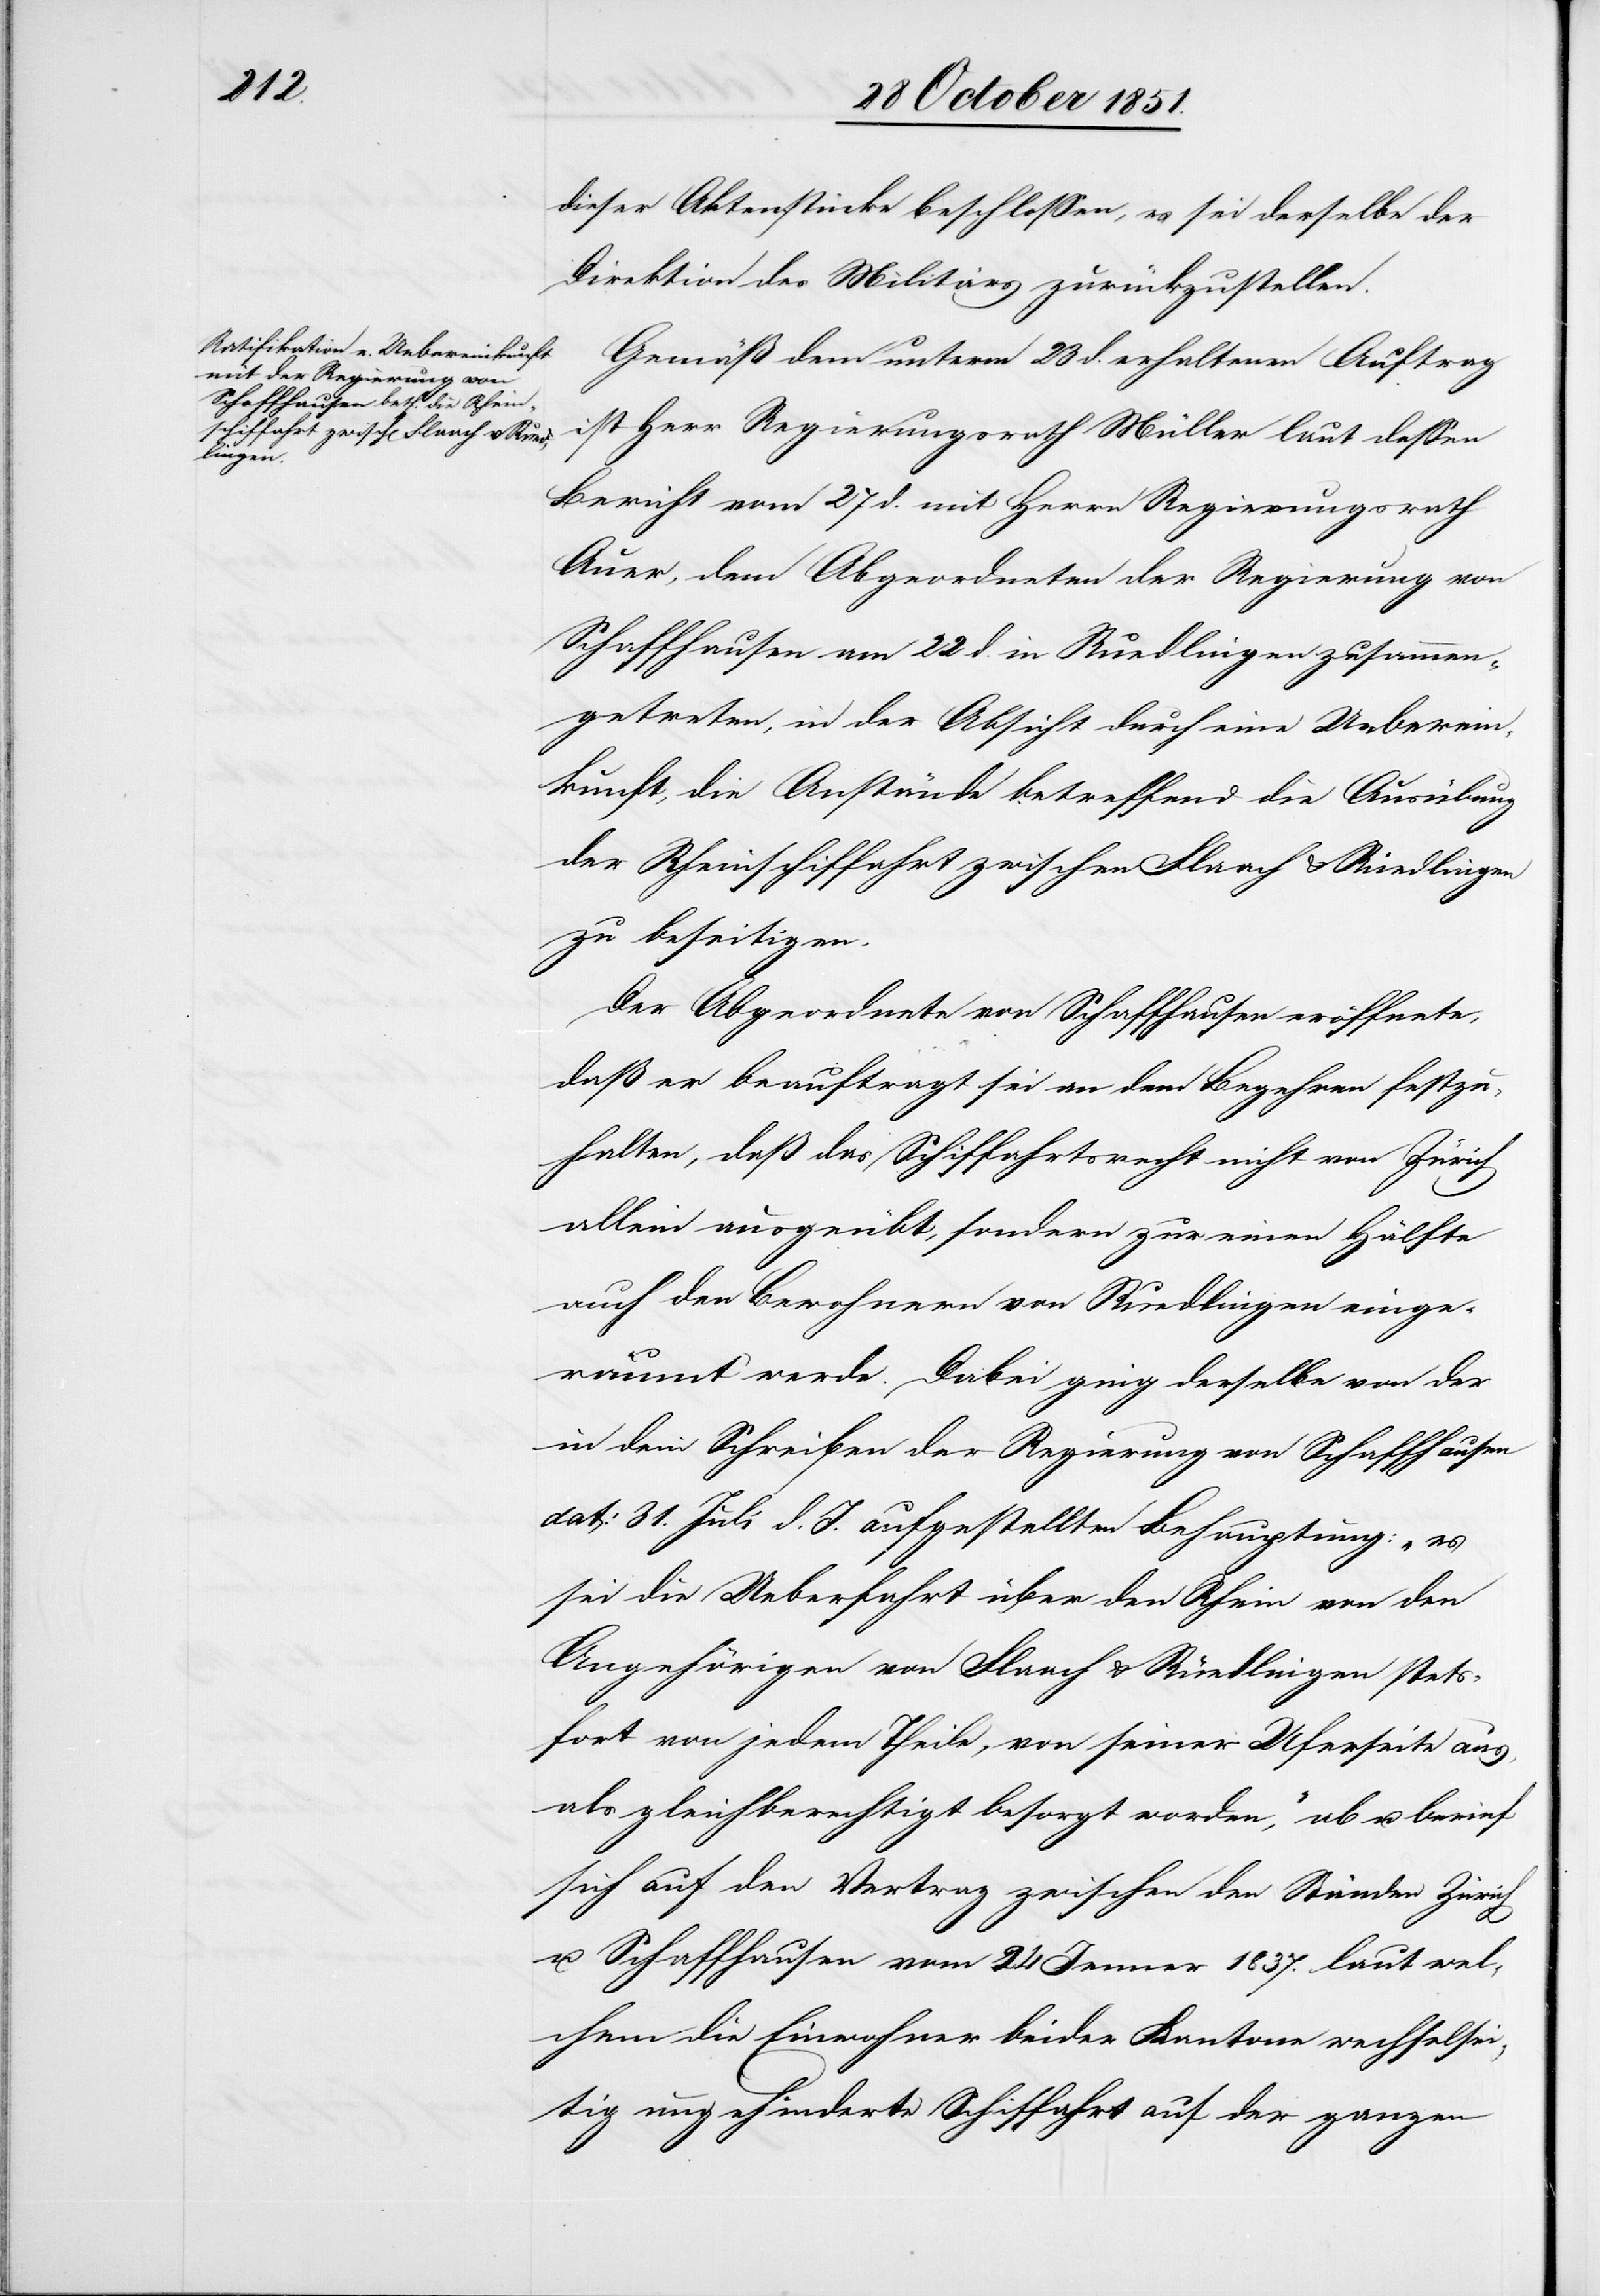
dieser Aktenstücke beschlossen, es sei derselbe der
Direktion des Militärs zurückzustellen.
Gemäß dem unterm 23 d. erhaltenen Auftrag
ist Herr Regierungsrath Müller laut dessen
Bericht vom 27 d. mit Herrn Regierungsrath
Auer, dem Abgeordneten der Regierung von
Schaffhausen am 22 d. in Ruedlingen zusammen¬
getreten, in der Absicht durch eine Ueberein¬
kunft, die Anstände betreffend die Ausübung
der Rheinschiffahrt zwischen Flaach & Ruedlingen
zu beseitigen.
Der Abgeordnete von Schaffhausen eröffnete,
daß er beauftragt sei an dem Begehren festzu¬
halten, daß das Schiffahrtsrecht nicht von Zürich
allein ausgeübt, sondern zur einen Hälfte
auch den Bewohnern von Ruedlingen einge¬
räumt werde. Dabei ging derselbe von der
in dem Schreiben der Regierung von Schaffhausen
dat: 31. Juli d. J. aufgestellten Behauptung: „es
sei die Ueberfahrt über den Rhein von den
Angehörigen von Flaach & Ruedlingen stets¬
fort von jedem Theile, von seiner Uferseite aus,
als gleichberechtigt besorgt worden,“ ab u. berief
sich auf den Vertrag zwischen den Ständen Zürich
u. Schaffhausen vom 24 Jenner 1837. laut wel¬
chem die Einwohner beider Kantone wechselsei¬
tig ungehinderte Schiffahrt auf der ganzen